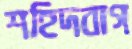
শহিদবাগ